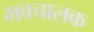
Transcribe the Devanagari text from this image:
भवचालक